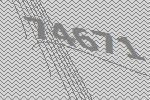
74671